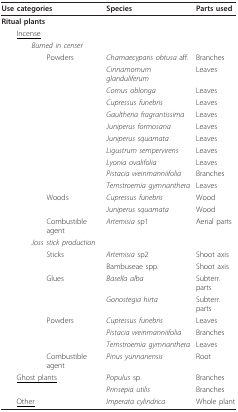
| Use categories | Species | Parts used |
 | --- | --- | --- |
 | Ritual plants |  |  |
 | <underline>Incense</underline> |  |  |
 | Burned in censer |  |  |
 | Powders | Chamaecyparis obtusa aff. | Branches |
 |  | Cinnamomum glanduliferum | Leaves |
 |  | Cornus oblonga | Leaves |
 |  | Cupressus funebris | Leaves |
 |  | Gaultheria fragrantissima | Leaves |
 |  | Juniperus formosana | Leaves |
 |  | Juniperus squamata | Leaves |
 |  | Ligustrum sempervirens | Leaves |
 |  | Lyonia ovalifolia | Leaves |
 |  | Pistacia weinmanniifolia | Branches |
 |  | Ternstroemia gymnanthera | Leaves |
 | Woods | Cupressus funebris | Wood |
 |  | Juniperus squamata | Wood |
 | Combustible agent | Artemisia sp1 | Aerial parts |
 | Joss stick production |  |  |
 | Sticks | Artemisia sp2 | Shoot axis |
 |  | Bambuseae spp. | Shoot axis |
 | Glues | Basella alba | Subterr. parts |
 |  | Gonostegia hirta | Subterr. parts |
 | Powders | Cupressus funebris | Leaves |
 |  | Pistacia weinmanniifolia | Branches |
 |  | Ternstroemia gymnanthera | Leaves |
 | Combustible agent | Pinus yunnanensis | Root |
 | <underline>Ghost plants</underline> | Populus sp. | Branches |
 |  | Prinsepia utilis | Branches |
 | <underline>Other</underline> | Imperata cylindrica | Whole plant |